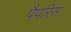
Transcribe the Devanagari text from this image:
पैपरिस